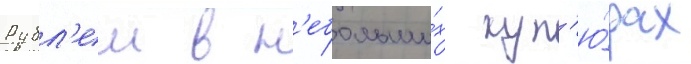
Рубл'еи в н'ебольши́х куп'ю́рах